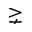
\gneq